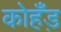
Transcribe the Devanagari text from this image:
कोहँड़